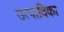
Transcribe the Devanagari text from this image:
उत्पादिका